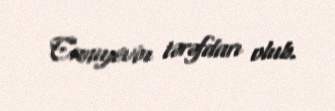
Canıyevin tərəfdarı olub.